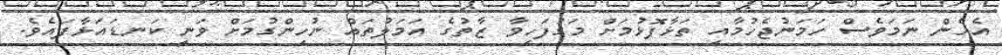
އެހެން ނަމަވެސް ހަމަނުޖެހުމާއި ތަޅާފޮޅުމަށް މަގުފަހިވާ ޒާތުގެ އަމަލުތައް ނުހިންގުމަށް ވަނީ ކަނޑައަޅާފައެވެ.